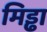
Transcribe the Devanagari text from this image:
मिड्ढा